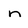
Character: n